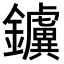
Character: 𨯼